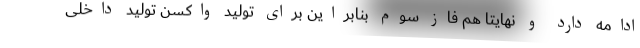
ادامه دارد و نهایتا هم فاز سوم بنابراین برای تولید واکسن تولید داخلی